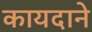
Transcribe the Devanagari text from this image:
कायदाने